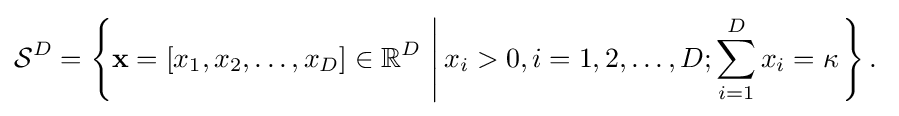
{\mathcal {S}}^{D}=\left\{\mathbf {x} =[x_{1},x_{2},\dots ,x_{D}]\in \mathbb {R} ^{D}\,\left|\,x_{i}>0,i=1,2,\dots ,D;\sum _{i=1}^{D}x_{i}=\kappa \right.\right\}.\